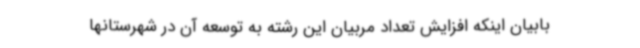
بابیان اینکه افزایش تعداد مربیان این رشته به توسعه آن در شهرستانها